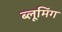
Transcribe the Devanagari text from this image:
ब्लूमिंग